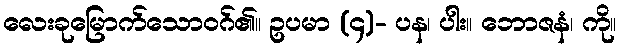
လေးခုမြောက်သောဝဂ်၏။ ဥပမာ (၄)- ပန၊ ပါး။ ဘောဇနံ၊ ကို။